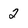
Character: 2